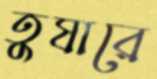
তুষারে